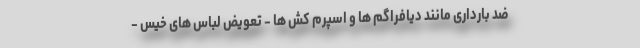
ضد بارداری مانند دیافراگم ها و اسپرم کش ها - تعویض لباس های خیس -